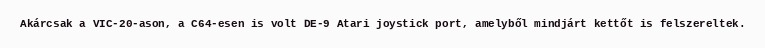
Akárcsak a VIC-20-ason, a C64-esen is volt DE-9 Atari joystick port, amelyből mindjárt kettőt is felszereltek.